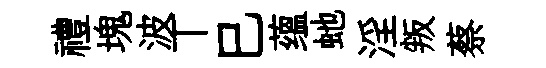
禮塊波丅巳蕴虵淫叛蔡